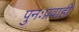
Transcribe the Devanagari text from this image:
पुनःप्रवाही